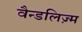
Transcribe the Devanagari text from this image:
वैन्डलिज़्म